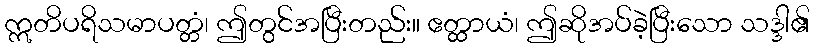
ဣတိပရိသမာပတ္တံ၊ ဤတွင်အပြီးတည်း။ ဧတ္ထာယံ၊ ဤဆိုအပ်ခဲ့ပြီးသော သဒ္ဒါ၏